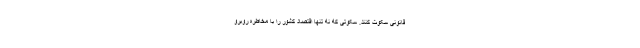
قانونی سکوت کنند. سکوتی که نه تنها اقتصاد کشور را با مخاطره روبرو